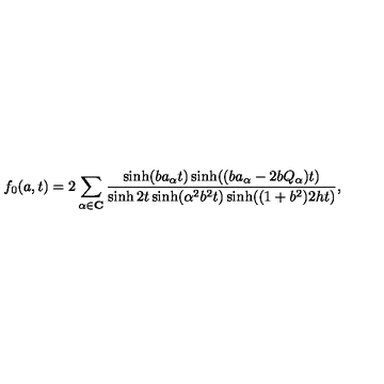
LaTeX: f _ { 0 } ( a , t ) = 2 \sum _ { \alpha \in \mathbf { C } } \frac { \sinh ( b a _ { \alpha } t ) \sinh ( ( b a _ { \alpha } - 2 b Q _ { \alpha } ) t ) } { \sinh 2 t \sinh ( \alpha ^ { 2 } b ^ { 2 } t ) \sinh ( ( 1 + b ^ { 2 } ) 2 h t ) } ,